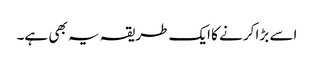
اسے بڑا کرنے کا ایک طریقہ یہ بھی ہے۔